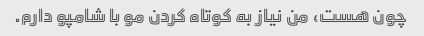
چون هست، من نیاز به کوتاه کردن مو با شامپو دارم.